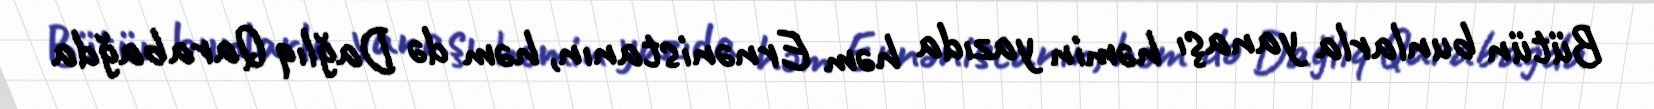
Bütün bunlarla yanaşı həmin yazıda həm Ernənistanın, həm də Dağlıq Qarabağda